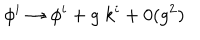
\phi ^ { i } \rightarrow \phi ^ { i } + g \; k ^ { i } + 0 ( g ^ { 2 } )